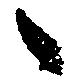
之